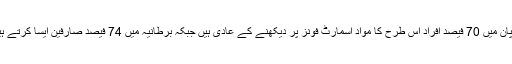
جاپان میں 70 فیصد افراد اس طرح کا مواد اسمارٹ فونز پر دیکھنے کے عادی ہیں جبکہ برطانیہ میں 74 فیصد صارفین ایسا کرتے ہیں۔